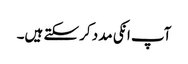
آپ انکی مدد کرسکتے ہیں۔